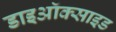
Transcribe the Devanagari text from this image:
डाइऑक्‍साइड